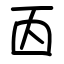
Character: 㐁